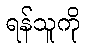
ရန်သူကို